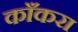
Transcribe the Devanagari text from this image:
काँकरा